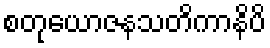
စတုယောဇနသတိကာနိပိ